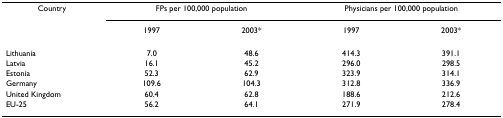
<table><thead><tr><td><b>Country</b></td><td colspan="2"><b>FPs per 100,000 population</b></td><td colspan="2"><b>Physicians per 100,000 population</b></td></tr><tr><td></td><td><b>1997</b></td><td><b>2003*</b></td><td><b>1997</b></td><td><b>2003*</b></td></tr></thead><tbody><tr><td>Lithuania</td><td>7.0</td><td>48.6</td><td>414.3</td><td>391.1</td></tr><tr><td>Latvia</td><td>16.1</td><td>45.2</td><td>296.0</td><td>298.5</td></tr><tr><td>Estonia</td><td>52.3</td><td>62.9</td><td>323.9</td><td>314.1</td></tr><tr><td>Germany</td><td>109.6</td><td>104.3</td><td>312.8</td><td>336.9</td></tr><tr><td>United Kingdom</td><td>60.4</td><td>62.8</td><td>188.6</td><td>212.6</td></tr><tr><td>EU-25</td><td>56.2</td><td>64.1</td><td>271.9</td><td>278.4</td></tr></tbody></table>